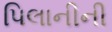
પિલાનીની